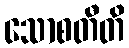
သောစတီတိ